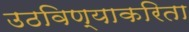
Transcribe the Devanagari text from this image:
उठविण्याकरिता